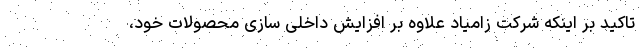
تاکید بر اینکه شرکت زامیاد علاوه بر افزایش داخلی سازی محصولات خود،